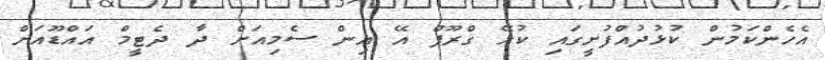
އެހެންކަމުން ކުޅުދުއްފުށީގައި ކުޅޭ ގްރޫޕް އޭ އިން ސެމިއަށް ދާ ދެޓީމް އައްޑޫއަށް